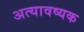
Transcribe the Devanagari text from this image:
अत्यावष्यक